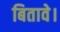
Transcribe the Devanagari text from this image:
बितावे।